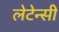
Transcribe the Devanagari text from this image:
लेटेन्सी